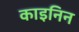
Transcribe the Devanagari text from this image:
काइनिन